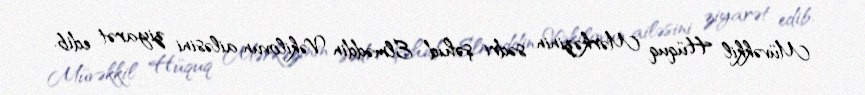
Müvəkkil Hüquq Mərkəzinin sədri şəhid Elməddin Vəkilovun ailəsini ziyarət edib.